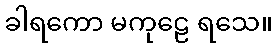
ခါရကော မကုဠေ ရသေ။